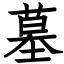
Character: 墓